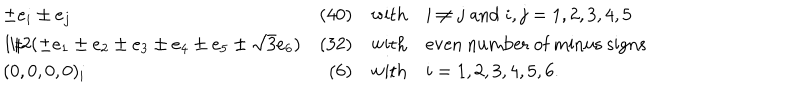
\begin{array} { l r c l } { { \pm e _ { i } \pm e _ { j } } } & { { ( 4 0 ) } } & { { \mathrm { w i t h } } } & { { i \neq j \; \mathrm { a n d } \; i , j = 1 , 2 , 3 , 4 , 5 } } \\ { { 1 / 2 ( \pm e _ { 1 } \pm e _ { 2 } \pm e _ { 3 } \pm e _ { 4 } \pm e _ { 5 } \pm \sqrt { 3 } e _ { 6 } ) } } & { { ( 3 2 ) } } & { { \mathrm { w i t h } } } & { { \mathrm { e v e n ~ n u m b e r ~ o f ~ m i n u s ~ s i g n s } } } \\ { { ( 0 , 0 , 0 , 0 ) _ { i } } } & { { ( 6 ) } } & { { \mathrm { w i t h } } } & { { i = 1 , 2 , 3 , 4 , 5 , 6 . } } \\ \end{array}